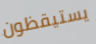
يستيقظون